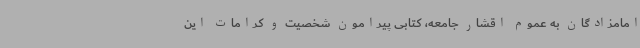
امامزادگان به عموم اقشار جامعه، کتابی پیرامون شخصیت و کرامات این